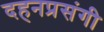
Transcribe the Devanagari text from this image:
दहनप्रसंगी